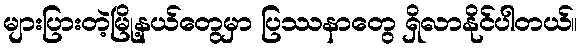
များပြားတဲ့မြို့နယ်တွေမှာ ပြဿနာတွေ ရှိလာနိုင်ပါတယ်။